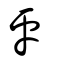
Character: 鬳